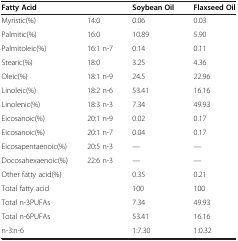
| Fatty Acid |  | Soybean Oil | Flaxseed Oil |
 | --- | --- | --- | --- |
 | Myristic(%) | 14:0 | 0.06 | 0.03 |
 | Palmitic(%) | 16:0 | 10.89 | 5.90 |
 | Palmitoleic(%) | 16:1 n-7 | 0.14 | 0.11 |
 | Stearic(%) | 18:0 | 3.25 | 4.36 |
 | Oleic(%) | 18:1 n-9 | 24.5 | 22.96 |
 | Linoleic(%) | 18:2 n-6 | 53.41 | 16.16 |
 | Linolenic(%) | 18:3 n-3 | 7.34 | 49.93 |
 | Eicosanoic(%) | 20:1 n-9 | 0.02 | 0.17 |
 | Eicosanoic(%) | 20:1 n-7 | 0.04 | 0.17 |
 | Eicosapentaenoic(%) | 20:5 n-3 | — | — |
 | Docosahexaenoic(%) | 22:6 n-3 | — | — |
 | Other fatty acid(%) |  | 0.35 | 0.21 |
 | Total fatty acid |  | 100 | 100 |
 | Total n-3PUFAs |  | 7.34 | 49.93 |
 | Total n-6PUFAs |  | 53.41 | 16.16 |
 | n-3:n-6 |  | 1:7.30 | 1:0.32 |